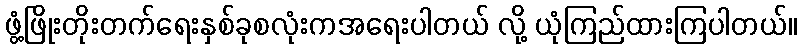
ဖွံ့ဖြိုးတိုးတက်ရေးနှစ်ခုစလုံးကအရေးပါတယ် လို့ ယုံကြည်ထားကြပါတယ်။